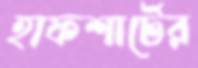
হাফশার্টের